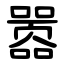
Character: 嚣